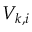
V _ { k , i }